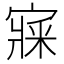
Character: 𡪘